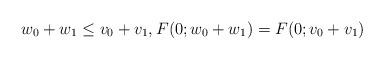
LaTeX: \begin{align*}w_0+w_1 \le v_0+v_1,F(0; w_0+w_1)=F(0; v_0+v_1)\end{align*}